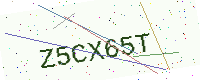
Text: Z5CX65T